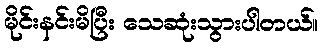
မိုင်းနင်းမိပြီး သေဆုံးသွားပါတယ်။